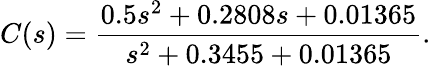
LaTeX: C(s)=\frac{0.5s^{2}+0.2808s+0.01365}{s^{2}+0.3455+0.01365}.